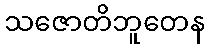
သဇောတိဘူတေန